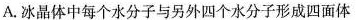
A.冰晶体中每个水分子与另外四个水分子形成四面体